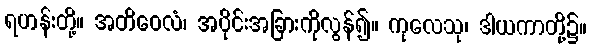
ရဟန်းတို့။ အတိဝေလံ၊ အပိုင်းအခြားကိုလွန်၍။ ကုလေသု၊ ဒါယကာတို့၌။